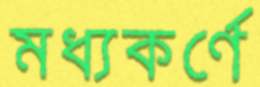
মধ্যকর্ণে